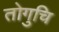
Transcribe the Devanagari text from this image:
तोगुचि